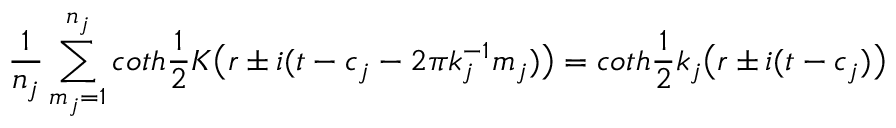
\frac { 1 } { n _ { j } } \sum _ { m _ { j } = 1 } ^ { n _ { j } } c o t h \frac { 1 } { 2 } K \bigl ( r \pm i ( t - c _ { j } - 2 \pi k _ { j } ^ { - 1 } m _ { j } ) \bigr ) = c o t h \frac { 1 } { 2 } k _ { j } \bigl ( r \pm i ( t - c _ { j } ) \bigr )